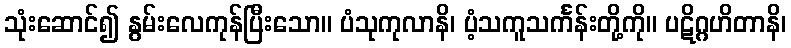
သုံးဆောင်၍ နွမ်းလေကုန်ပြီးသော။ ပံသုကုလာနိ၊ ပံ့သကူသင်္ကန်းတို့ကို။ ပဋိဂ္ဂဟိတာနိ၊